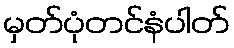
မှတ်ပုံတင်နံပါတ်